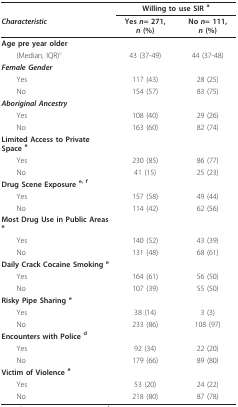
|  | <COLSPAN=2> Willing to use SIR a |
 | Characteristic | Yes n= 271, n (%) | No n= 111, n (%) |
 | --- | --- | --- |
 | Age pre year older |  |  |
 | (Median, IQR)c | 43 (37-49) | 44 (37-48) |
 | Female Gender |  |  |
 | Yes | 117 (43) | 28 (25) |
 | No | 154 (57) | 83 (75) |
 | Aboriginal Ancestry |  |  |
 | Yes | 108 (40) | 29 (26) |
 | No | 163 (60) | 82 (74) |
 | Limited Access to Private Space e |  |  |
 | Yes | 230 (85) | 86 (77) |
 | No | 41 (15) | 25 (23) |
 | Drug Scene Exposure e, f |  |  |
 | Yes | 157 (58) | 49 (44) |
 | No | 114 (42) | 62 (56) |
 | Most Drug Use in Public Areas e |  |  |
 | Yes | 140 (52) | 43 (39) |
 | No | 131 (48) | 68 (61) |
 | Daily Crack Cocaine Smoking e |  |  |
 | Yes | 164 (61) | 56 (50) |
 | No | 107 (39) | 55 (50) |
 | Risky Pipe Sharing e |  |  |
 | Yes | 38 (14) | 3 (3) |
 | No | 233 (86) | 108 (97) |
 | Encounters with Police d |  |  |
 | Yes | 92 (34) | 22 (20) |
 | No | 179 (66) | 89 (80) |
 | Victim of Violence e |  |  |
 | Yes | 53 (20) | 24 (22) |
 | No | 218 (80) | 87 (78) |